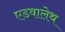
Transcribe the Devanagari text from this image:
एडवालेथ